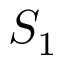
S _ { 1 }